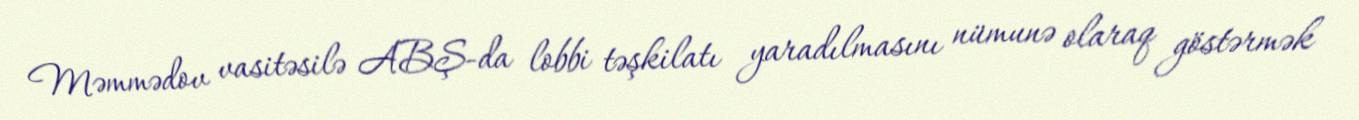
Məmmədov vasitəsilə ABŞ-da lobbi təşkilatı yaradılmasını nümunə olaraq göstərmək